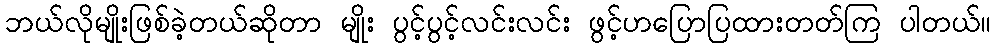
ဘယ်လိုမျိုးဖြစ်ခဲ့တယ်ဆိုတာ မျိုး ပွင့်ပွင့်လင်းလင်း ဖွင့်ဟပြောပြထားတတ်ကြ ပါတယ်။